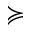
\succcurlyeq